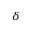
\delta